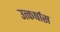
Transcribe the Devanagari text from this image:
उत्कर्षास